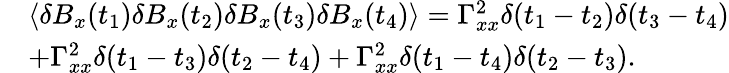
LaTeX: \begin{array}{rl}&{\langle\delta B_{x}(t_{1})\delta B_{x}(t_{2})\delta B_{x}(t_{3})\delta B_{x}(t_{4})\rangle=\Gamma_{xx}^{2}\delta(t_{1}-t_{2})\delta(t_{3}-t_{4})}\\ &{+\Gamma_{xx}^{2}\delta(t_{1}-t_{3})\delta(t_{2}-t_{4})+\Gamma_{xx}^{2}\delta(t_{1}-t_{4})\delta(t_{2}-t_{3}).}\end{array}